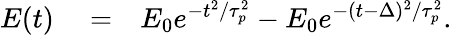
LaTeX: \begin{array}{rlr}{E(t)}&{{}=}&{E_{0}e^{-t^{2}/\tau_{p}^{2}}-E_{0}e^{-(t-\Delta)^{2}/\tau_{p}^{2}}.}\end{array}